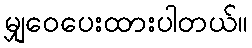
မျှဝေပေးထားပါတယ်။